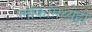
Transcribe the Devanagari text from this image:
लोकांमध्येही